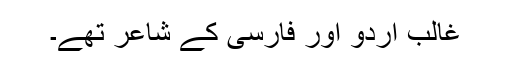
غالب اردو اور فارسی کے شاعر تھے۔